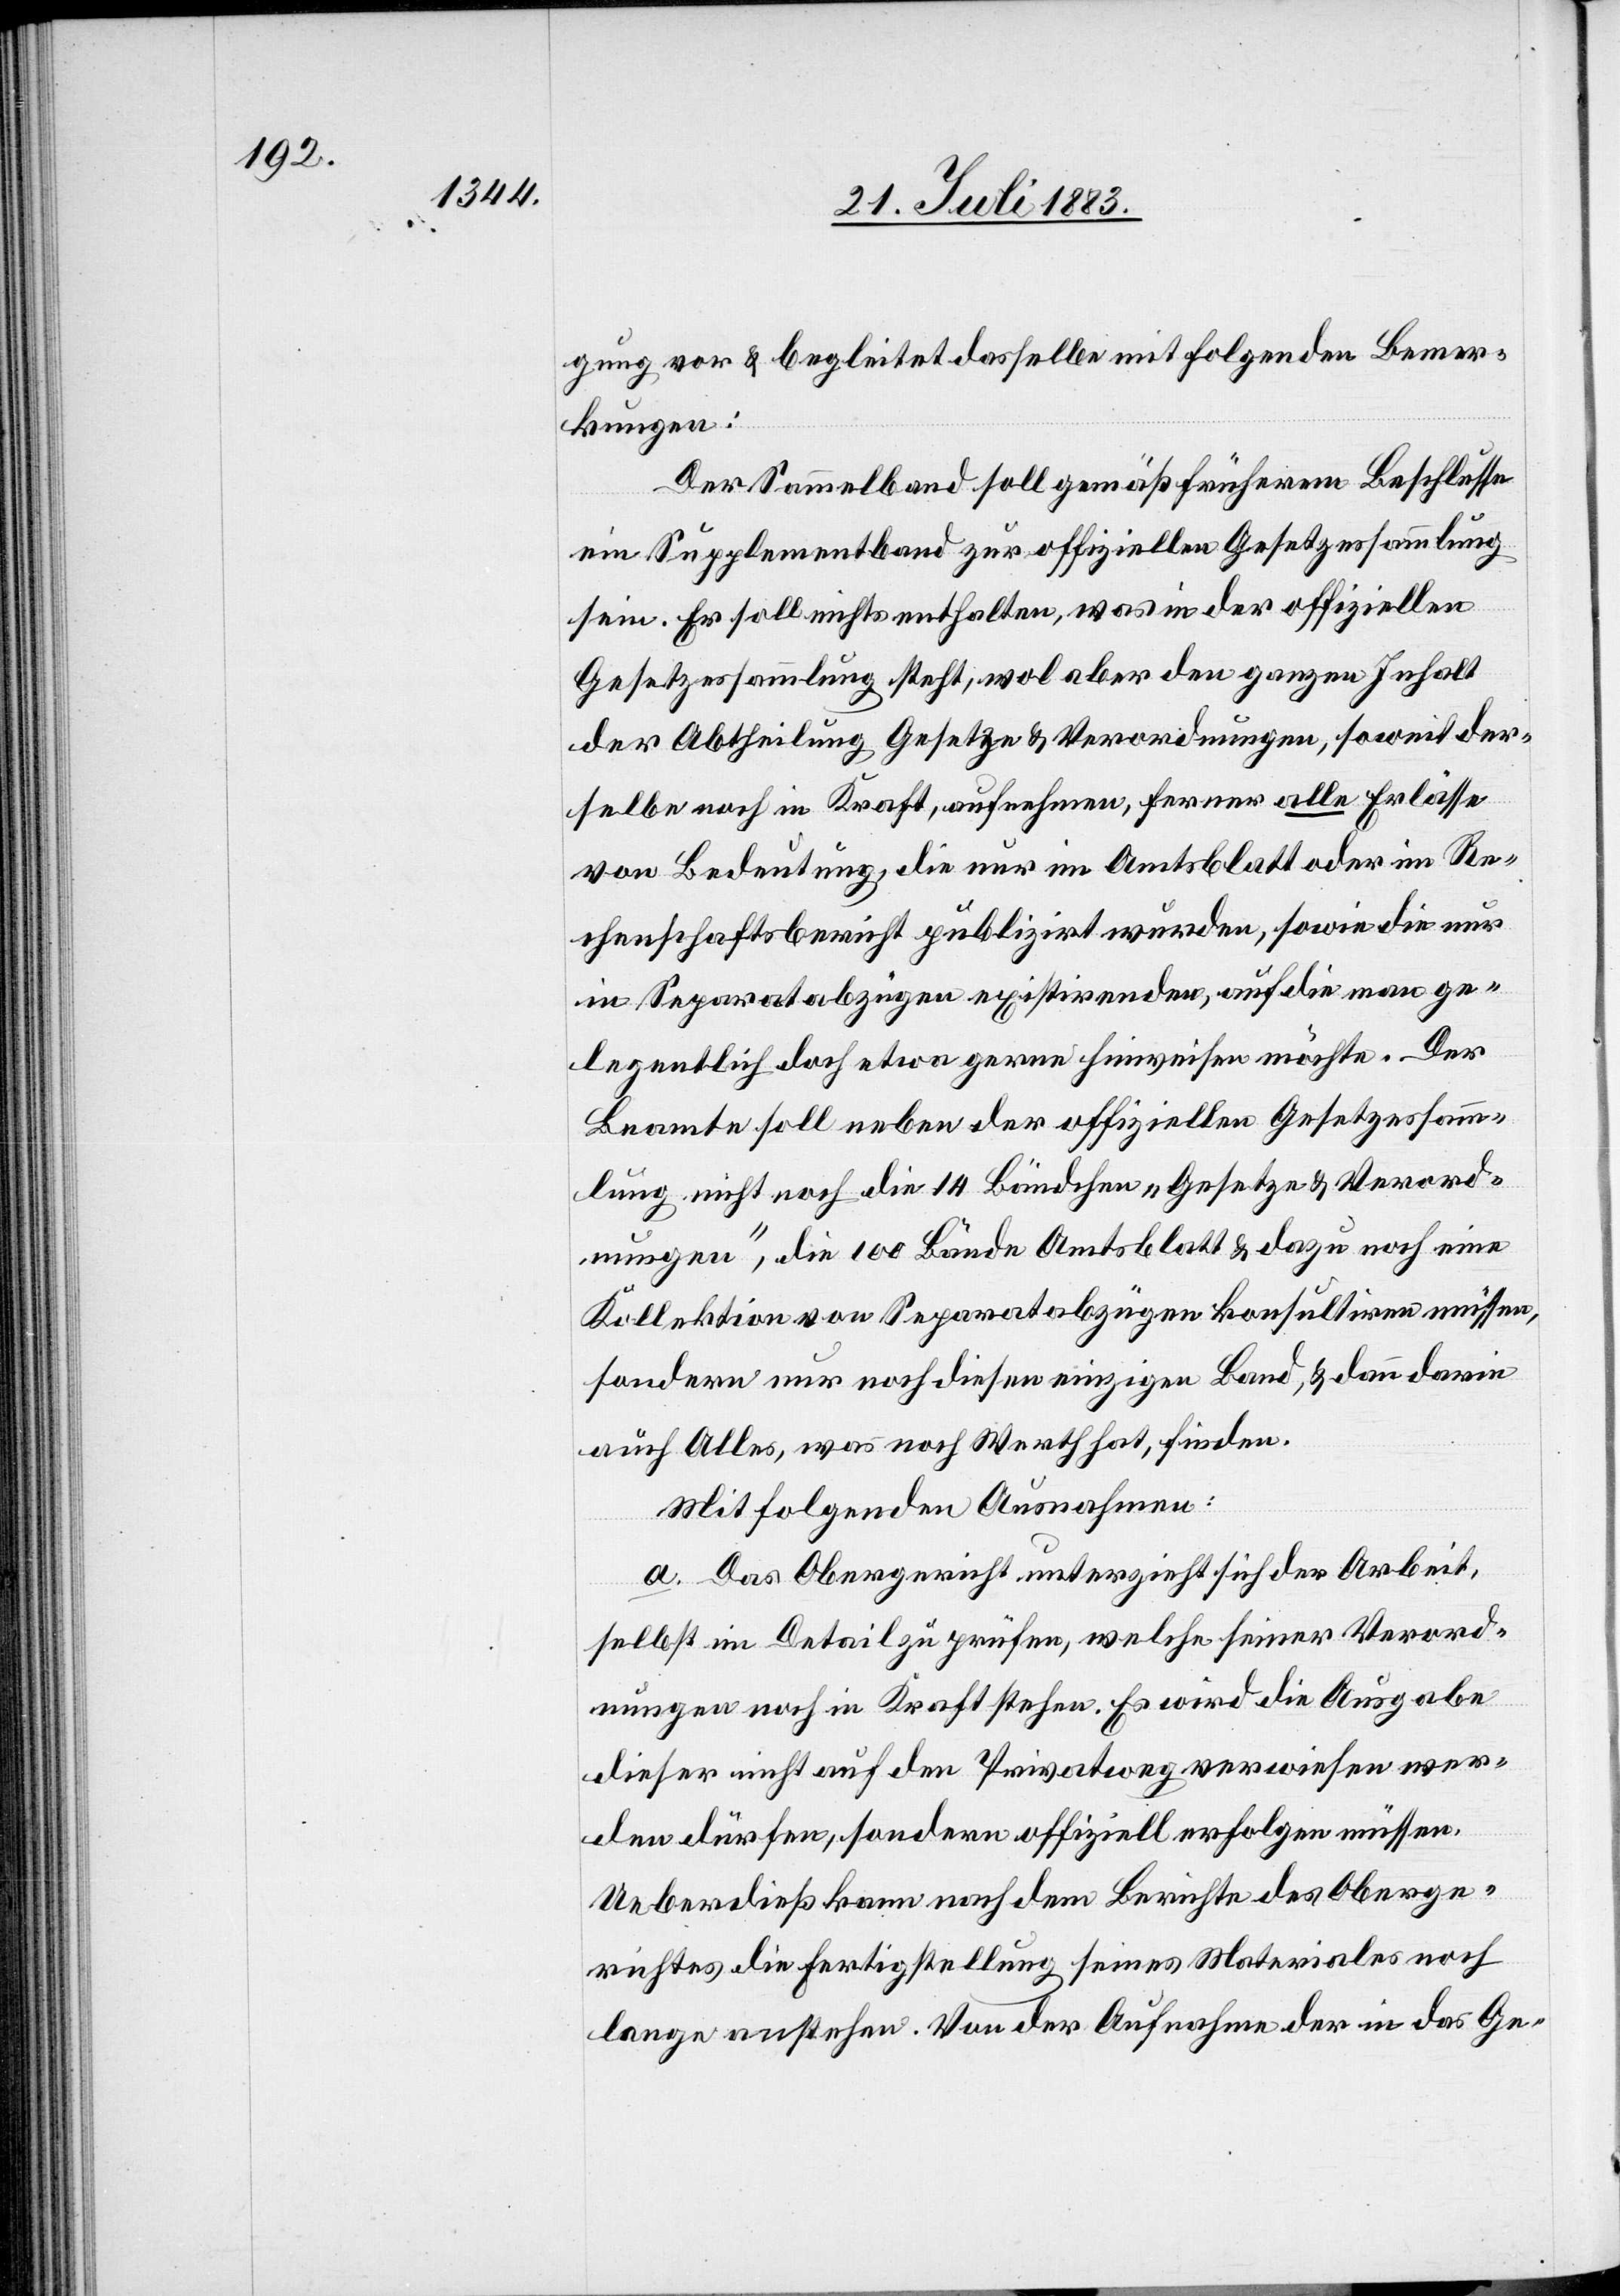
gung vor & begleitet dasselbe mit folgenden Bemer¬
kungen:
Der Sammelband soll gemäß früherem Beschlusse
ein Supplementband zur offiziellen Gesetzessammlung
sein. Es soll nichts enthalten, was in der offiziellen
Gesetzessammlung steht, wol aber den ganzen Inhalt
der Abtheilung Gesetze & Verordnungen, soweit der¬
selbe noch in Kraft, aufnehmen, ferner alle Erlässe
von Bedeutung, die nur im Amtsblatt oder im Re¬
chenschaftsbericht publizirt wurden, sowie die nur
in Separatabzügen existirenden, auf die man ge¬
legentlich doch etwa gerne hinweisen möchte. Der
Beamte soll neben der offiziellen Gesetzessamm¬
lung nicht noch die 14 Bändchen „Gesetze & Verord¬
nungen“, die 100 Bände Amtsblatt & dazu noch eine
Kollektion von Separatabzügen konsultiren müssen,
sondern nur noch diesen einzigen Band, & dann darin
auch alles, was noch Werth hat, finden.
Mit folgenden Ausnahmen:
a. Das Obergericht unterzieht sich der Arbeit,
selbst im Detail zu prüfen, welche seiner Verord¬
nungen noch in Kraft stehen. Es wird die Ausgabe
dieser nicht auf den Privatweg verwiesen wer¬
den dürfen, sondern offiziell erfolgen müssen.
Ueberdieß kann nach dem Berichte des Oberge¬
richtes die Fertigstellung seines Materiales noch
lange anstehen. Von der Aufnahme der in das Ge-